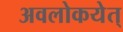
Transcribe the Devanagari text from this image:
अवलोकयेत्